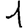
Digit: 1